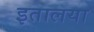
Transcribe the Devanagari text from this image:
इतालया